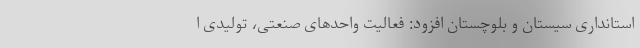
استانداری سیستان و بلوچستان افزود: فعالیت واحدهای صنعتی، تولیدی ا